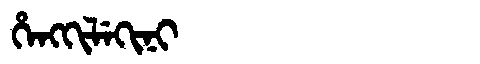
Manchu: ᡥᡝᠩᡴᡳᠯᡝᡴᡳᠨᡳ
Romanization: HENGKILEKINI